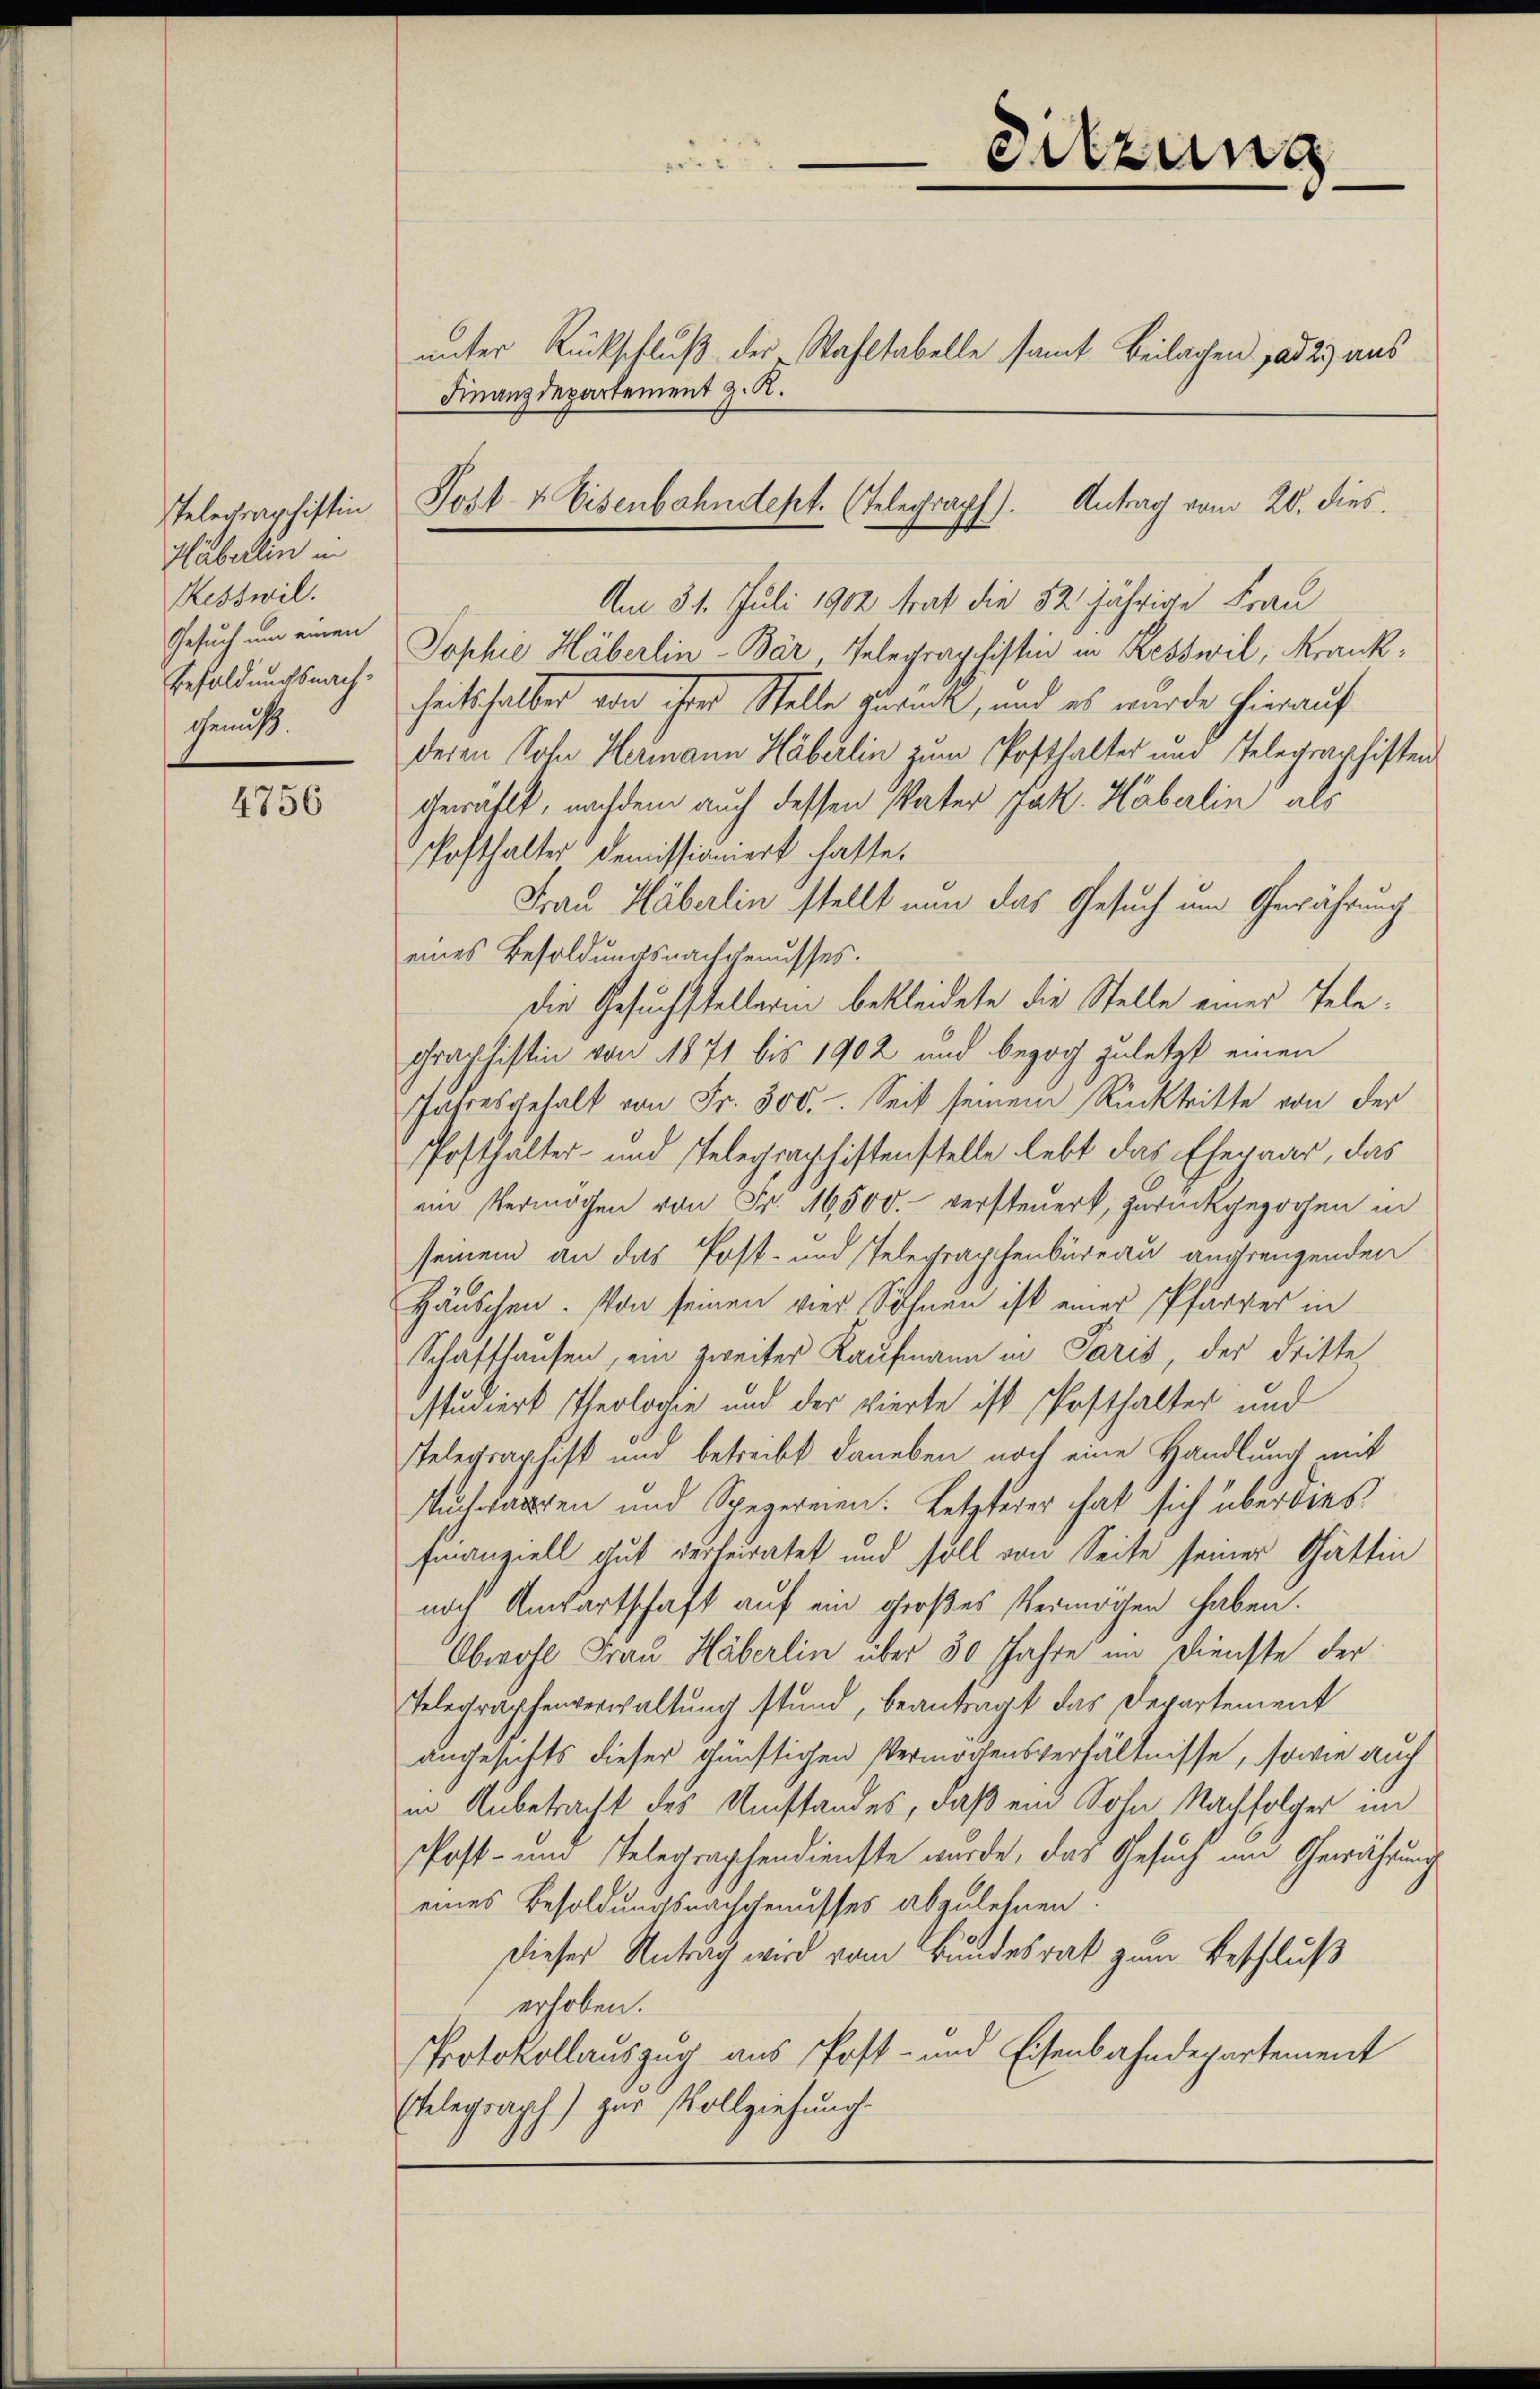
Häberlin in
Kesswil.
Gesuch um einen
Besoldungsnach¬
Gemüts.

4756

Finanzdepartement z. R.

Am 31. Juli 1902 trat die 32 jährige Frau
Jophie Häberlin-Bär, Telegraphistin in Resswil, Krankheitshalber von ihrer Stelle zurück, und es wurde hierauf
deren Sohn Hermann Häberlin zum Posthalter und Telegraphisten
gewählt, nachdem auch dessen Vater Jak. Haberlin als
Posthalter demissioniert hatte.
Frau Häberlin stellt nun das Gesuch um Gewährung
eines Besoldungsnachgenusses.
die Gesuchstellerin bekleidete die Stelle eines Tele¬
Graphistin von 1871 bis 1902 und bezog zuletzt einen
Jahresgehalt von Fr. 300. Seit seinem Rücktritte von der
Posthalter- und Telegraphistenstelle lebt das Ehepaar, das
ein Vermögen von Fr. 6500. versteuert, zurückgezogen in
seinem an das Post- und Telegraphenbüreau angrengenden
Häuschen. Von seinen vier Sohnen ist einer Pfarrer in
Schaffhausen, ein zweiter Kaufmann in Paris, der dritte
studiert Theolochen und der vierte ist Posthalter und
Telegraphist und betreibt daneben noch eine Handlung mit
Auch kanten und Spezereien. Letzterer hat sich überdies
finanziell gut verterratet und soll von Seite seiner Gattin
nach Anwartschaft auf ein großes Vermögen haben.
Obwohl Frau Häberlin über 30 Jahre im Dienste der
Telegraphenverwaltung stand, beantragt das Departement
augesichts dieser günstigen Vermögensverhältnisse, sowie auch
in Anbetracht des Umstandes, daß ein Sohn Nachfolger im
Post- und stelegraphendienste wurde, das Gesuch um Gewährung
eines Besoldungsnachgenusses abzulehnen.
Dieses Antrag wird vom Bundesrat zum Beschluß
erhoben.
Protokollauszug aus Post- und Eisenbahndepartement
Ehelegraph) zur Vollziehung.

Sitzung

unter Rückschluß der Wahltabelle samt Beilagen ad 2.) aus
Telegraphistin Post- & Eisenbahndept. (Telegraph). Antrag vom 20. dies